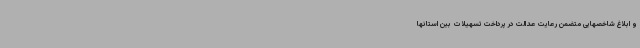
و ابلاغ شاخصهایی متضمن رعایت عدالت در پرداخت تسهیلات بین استانها